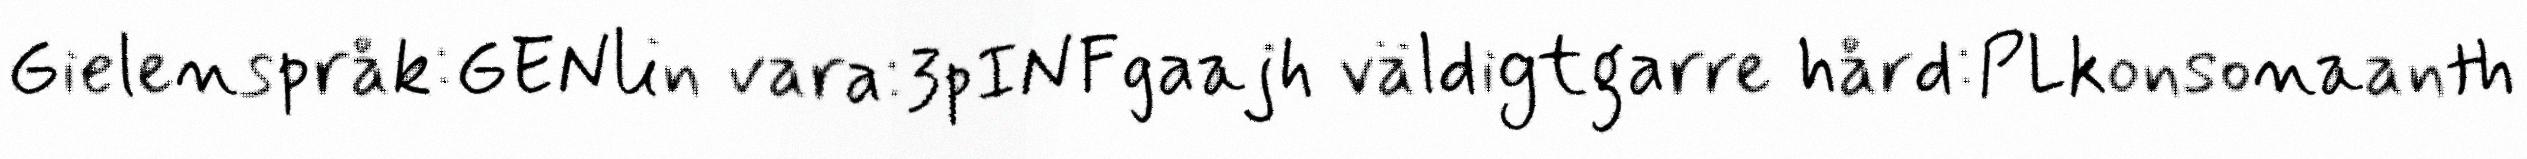
Gielenspråk:GENlin vara:3pINFgaajh väldigtgarre hård:PLkonsonaanth